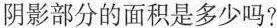
阴影部分的面积是多少吗?